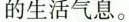
的生活气象。